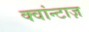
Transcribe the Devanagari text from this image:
क्वांन्टाज़